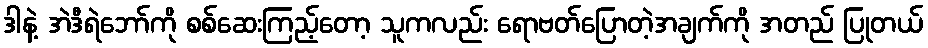
ဒါနဲ့ အဲဒီရဲဘော်ကို စစ်ဆေးကြည့်တော့ သူကလည်း ရောဗတ်ပြောတဲ့အချက်ကို အတည် ပြုတယ်